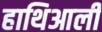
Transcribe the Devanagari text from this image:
हाथिआली